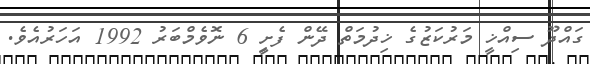
ގައްދޫ ސިއްޚީ މަރުކަޒުގެ ޚިދުމަތް ދޭން ފެށިީ 6 ނޮވެމްބަރު 1992 އަހަރުއެވެ.